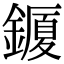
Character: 𨬜